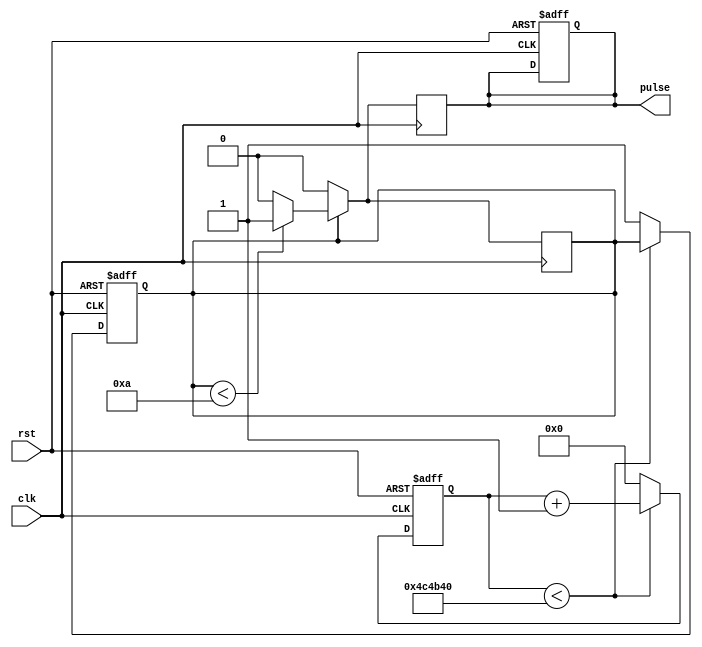
module SimplePulseGenerator(
    input wire clk,
    input wire rst,
    output reg pulse
);

parameter PULSE_WIDTH = 10; // Specify pulse width in clock cycles
parameter PULSE_FREQUENCY = 10; // Specify pulse frequency in Hz

reg [31:0] counter;
reg pulse_reg;

always @(posedge clk or posedge rst) begin
    if (rst) begin
        counter <= 0;
        pulse_reg <= 0;
        pulse <= 0;
    end else begin
        if (counter < (50000000/PULSE_FREQUENCY)) begin // Assuming a 50 MHz clock
            counter <= counter + 1;
        end else begin
            counter <= 0;
            pulse_reg <= 1;
        end
    end
end

always @(posedge clk) begin
    if (pulse_reg) begin
        if (pulse_reg < PULSE_WIDTH) begin
            pulse <= 1;
        end else begin
            pulse <= 0;
            pulse_reg <= 0;
        end
    end else begin
        pulse <= 0;
    end
end

endmodule